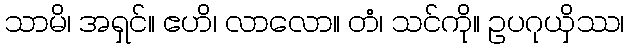
သာမိ၊ အရှင်။ ဧဟိ၊ လာလော။ တံ၊ သင်ကို။ ဥပဂုယှိဿ၊